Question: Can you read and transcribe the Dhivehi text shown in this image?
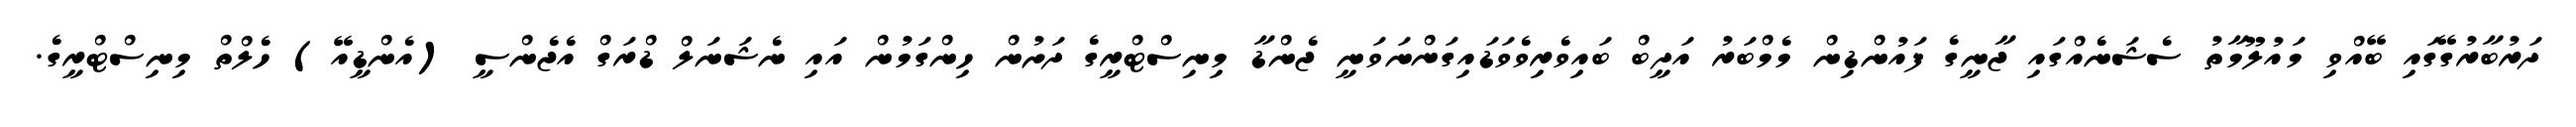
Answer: ދަރުބާރުގޭގައި ބޭއްވި މައުލޫމާތު ސެޝަނެއްގައި ޖާނީގެ ފައުންޑިން މެމްބަރު އަދީބް ބައިވެރިވެވަޑައިގަންނަވަނީ ޖެންޑާ މިނިސްޓްރީގެ ދަށުން ހިންގަމުން އައި ނެޝަނަލް ޑްރަގް އެޖެންސީ (އެންޑީއޭ) ހެލްތް މިނިސްޓްރީގެ.